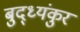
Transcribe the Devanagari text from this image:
बुद्ध्यंकुर